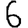
Digit: 6